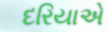
દરિયાએ